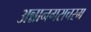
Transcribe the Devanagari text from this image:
अन्नानगराचरम